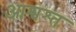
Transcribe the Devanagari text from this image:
आश्वश्त